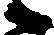
候